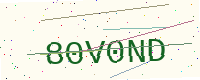
Text: 80V0ND